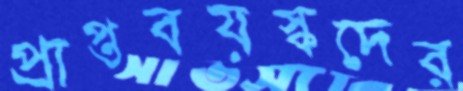
প্রাপ্তবয়স্কদের